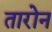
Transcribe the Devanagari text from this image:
तारोन